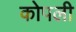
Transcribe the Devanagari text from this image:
कोपली